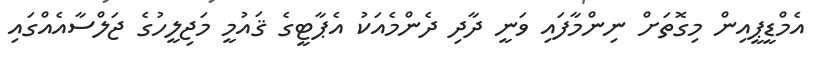
އެމްޑީޕީއިން މިގޮތަށް ނިންމާފައި ވަނީ ދާދި ދެންމެއަކު އެޕާޓީގެ ޤައުމީ މަޖިލީހުގެ ޖަލްސާއެއްގައި